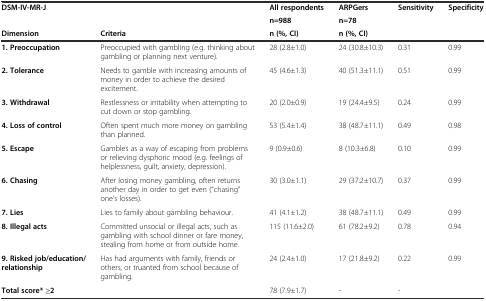
<table><thead><tr><td rowspan="2"><b>DSM-IV-MR-J</b></td><td rowspan="2"></td><td><b>All respondents</b></td><td><b>ARPGers</b></td><td rowspan="2"><b>Sensitivity</b></td><td rowspan="2"><b>Specificity</b></td></tr><tr><td><b>n=988</b></td><td><b>n=78</b></td></tr><tr><td><b>Dimension</b></td><td><b>Criteria</b></td><td><b>n (%, CI)</b></td><td><b>n (%, CI)</b></td><td></td><td></td></tr></thead><tbody><tr><td><b>1. Preoccupation</b></td><td>Preoccupied with gambling (e.g. thinking about gambling or planning next venture).</td><td>28 (2.8±1.0)</td><td>24 (30.8±10.3)</td><td>0.31</td><td>0.99</td></tr><tr><td><b>2. Tolerance</b></td><td>Needs to gamble with increasing amounts of money in order to achieve the desired excitement.</td><td>45 (4.6±1.3)</td><td>40 (51.3±11.1)</td><td>0.51</td><td>0.99</td></tr><tr><td><b>3. Withdrawal</b></td><td>Restlessness or irritability when attempting to cut down or stop gambling.</td><td>20 (2.0±0.9)</td><td>19 (24.4±9.5)</td><td>0.24</td><td>0.99</td></tr><tr><td><b>4. Loss of control</b></td><td>Often spent much more money on gambling than planned.</td><td>53 (5.4±1.4)</td><td>38 (48.7±11.1)</td><td>0.49</td><td>0.98</td></tr><tr><td><b>5. Escape</b></td><td>Gambles as a way of escaping from problems or relieving dysphoric mood (e.g. feelings of helplessness, guilt, anxiety, depression).</td><td>9 (0.9±0.6)</td><td>8 (10.3±6.8)</td><td>0.10</td><td>0.99</td></tr><tr><td><b>6. Chasing</b></td><td>After losing money gambling, often returns another day in order to get even (“chasing” one’s losses).</td><td>30 (3.0±1.1)</td><td>29 (37.2±10.7)</td><td>0.37</td><td>0.99</td></tr><tr><td><b>7. Lies</b></td><td>Lies to family about gambling behaviour.</td><td>41 (4.1±1.2)</td><td>38 (48.7±11.1)</td><td>0.49</td><td>0.99</td></tr><tr><td><b>8. Illegal acts</b></td><td>Committed unsocial or illegal acts, such as gambling with school dinner or fare money, stealing from home or from outside home.</td><td>115 (11.6±2.0)</td><td>61 (78.2±9.2)</td><td>0.78</td><td>0.94</td></tr><tr><td><b>9. Risked job/education/relationship</b></td><td>Has had arguments with family, friends or others, or truanted from school because of gambling.</td><td>24 (2.4±1.0)</td><td>17 (21.8±9.2)</td><td>0.22</td><td>0.99</td></tr><tr><td><b>Total score* ≥2</b></td><td></td><td>78 (7.9±1.7)</td><td>-</td><td>-</td><td></td></tr></tbody></table>